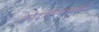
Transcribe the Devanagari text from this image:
कोदादंरमस्वामी